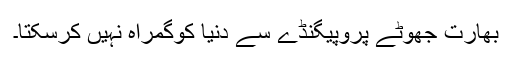
بھارت جھوٹے پروپیگنڈے سے دنیا کوگمراہ نہیں کرسکتا۔